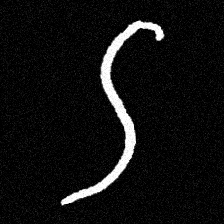
Pyu character \u2014 Myanmar letter: ဌ (romanized: ttha)